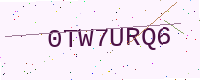
Text: 0TW7URQ6